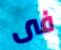
فى